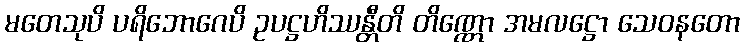
မတေသုပိ ပရိဘောဂေပိ ဥပဋ္ဌဟိဿန္တီတိ တိဏ္ဏော အမလဋ္ဌော သေဝနတော